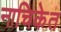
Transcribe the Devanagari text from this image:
नाचिकेत